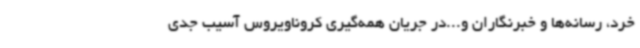
خرد، رسانه‌ها و خبرنگاران و...در جریان همه‌گیری کروناویروس آسیب جدی